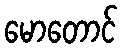
မောတောင်